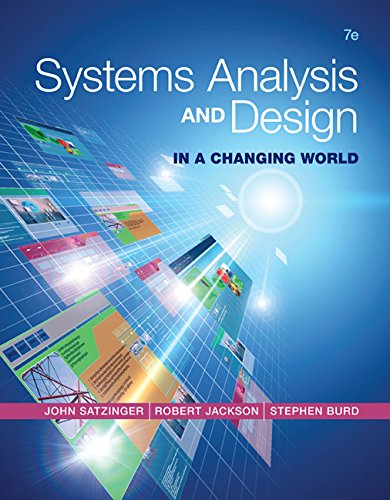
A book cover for Systems Analysis and Design in a Changing World; John W. Satzinger; Computers & Technology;